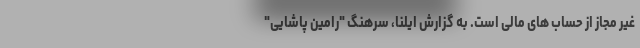
غیر مجاز از حساب های مالی است. به گزارش ایلنا، سرهنگ "رامین پاشایی"